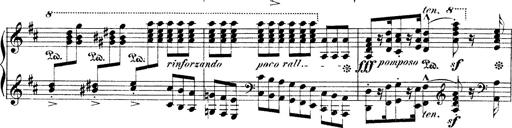
Title: Illustrations de l'opÃ©ra L'Africaine
Composer: Franz Liszt